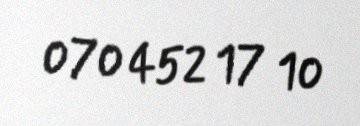
070 452 17 10